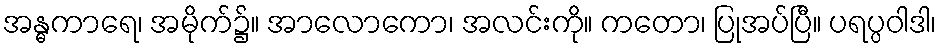
အန္ဓကာရေ၊ အမိုက်၌။ အာလောကော၊ အလင်းကို။ ကတော၊ ပြုအပ်ပြီ။ ပရပ္ပဝါဒါ၊